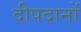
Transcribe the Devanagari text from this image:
दीपदानों